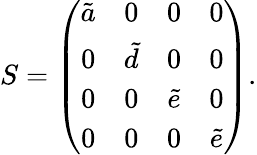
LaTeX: S=\left(\begin{array}{cccc}{{\tilde{a}}}&{{0}}&{{0}}&{{0}}\\ {{0}}&{{\tilde{d}}}&{{0}}&{{0}}\\ {{0}}&{{0}}&{{\tilde{e}}}&{{0}}\\ {{0}}&{{0}}&{{0}}&{{\tilde{e}}}\end{array}\right).